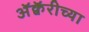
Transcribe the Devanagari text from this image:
अॅक्वॅरीच्या